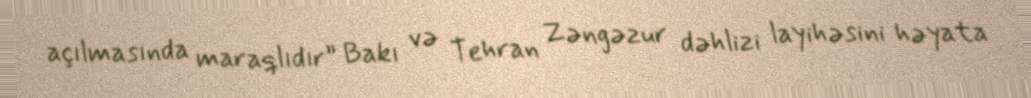
açılmasında maraqlıdır” Bakı və Tehran Zəngəzur dəhlizi layihəsini həyata